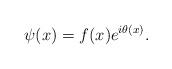
LaTeX: \begin{align*}\psi(x)=f(x)e^{i\theta(x)}.\end{align*}